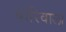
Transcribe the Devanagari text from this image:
बोरिवाला